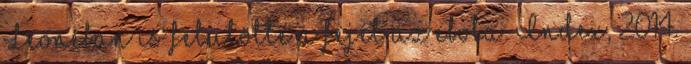
Leonéban is felütötte a fejét az ebola. Index, 2014.